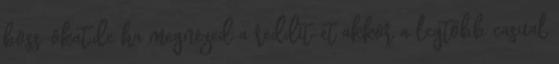
boss-okat.de ha megnézed a reddit-et akkor a legtöbb casual